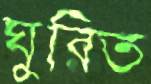
ঘুরিত